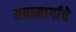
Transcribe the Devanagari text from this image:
अपामार्गाचे